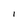
Character: 1